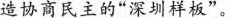
造协商民主的”深圳样板”。